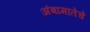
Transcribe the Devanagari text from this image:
अंबामातेचे